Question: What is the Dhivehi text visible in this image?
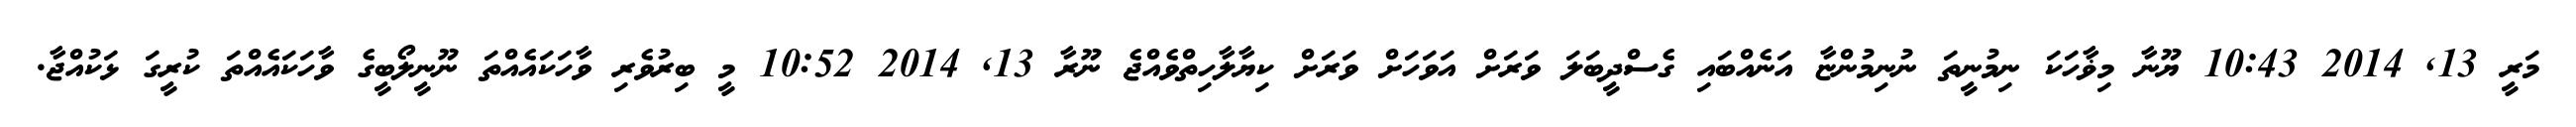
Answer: މަރީ 13, 2014 10:43 ޔޫނާ މިޥާހަކަ ނިމުނީތަ ނުނިމުންޏާ އަނެއްބައި ގެސްދީބަލަ ވަރަށް އަވަހަށް ވަރަށް ކިޔާލާހިތްވެއްޖެ ނޫރާ 13, 2014 10:52 މީ ބިރުވެރި ވާހަކައެއްތަ ނޫނީލޯބީގެ ވާހަކައެއްތަ ކުރީގަ ޅަކުއްޖާ.